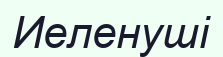
Иеленуші